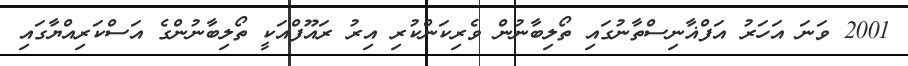
2001 ވަނަ އަހަރު އަފްޣާނިސްތާނުގައި ތޯލިބާނުން ވެރިކަންކުރި އިރު ރައޫފްއަކީ ތޯލިބާނުންގެ އަސްކަރިއްޔާގައި